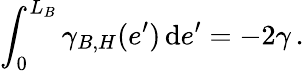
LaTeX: \int_{0}^{L_{B}}\gamma_{B,H}(e^{\prime})\, \mathrm{d}e^{\prime}=-2\gamma\, .